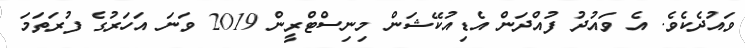
ވައުދެކެވެ. އެ ވައުދު ފުއްދަން އެޑިއުކޭޝަން މިނިސްޓްރީން 2019 ވަނަ އަހަރުގެ ފުރަތަމަ